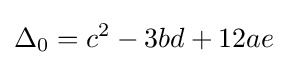
\Delta _{0}=c^{2}-3bd+12ae